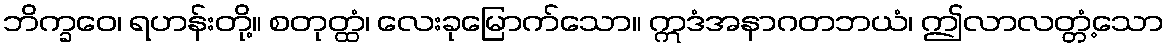
ဘိက္ခဝေ၊ ရဟန်းတို့။ စတုတ္ထံ၊ လေးခုမြောက်သော။ ဣဒံအနာဂတဘယံ၊ ဤလာလတ္တံ့သော